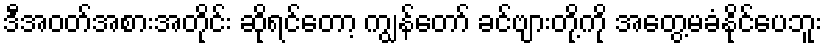
ဒီအဝတ်အစားအတိုင်း ဆိုရင်တော့ ကျွန်တော် ခင်ဗျားတို့ကို အတွေ့မခံနိုင်ပေဘူး